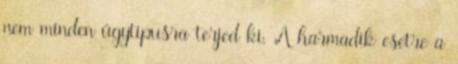
nem minden ügytípusra terjed ki. A harmadik esetre a